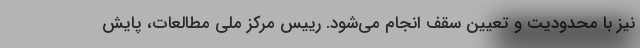
نیز با محدودیت و تعیین سقف انجام می‌شود. رییس مرکز ملی مطالعات، پایش